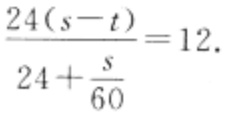
\(\frac{24(s - t)}{24+\frac{s}{60}} = 12\)